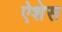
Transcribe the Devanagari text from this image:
ऐशेस